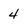
Character: 4